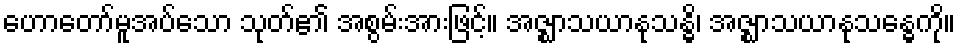
ဟောတော်မူအပ်သော သုတ်၏ အစွမ်းအားဖြင့်။ အဇ္ဈာသယာနုသန္ဓိ၊ အဇ္ဈာသယာနုသန္ဓေကို။